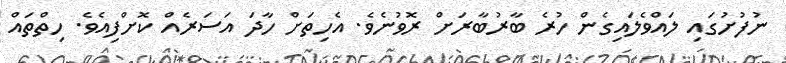
ނުފުށުގައި ލައްވެލައިގެން ހުރެ ބާރުބާރަށް ރޮވުނެވެ. އެހިތަށް ހާދަ އަސަރެއް ކޮށްފިއެވެ. ހިތްތައް